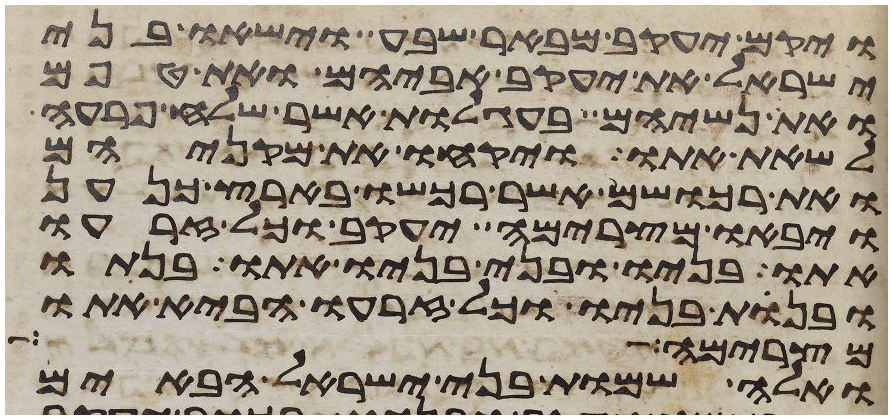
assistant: ויקם יעקב מבאר שבע וישאו בני
ישראל את יעקב אביהם ואת טפם
ואת נשיהם בעגלות אשר שלח פרעה
לשאת אתו ויקחו את מקניהם
ואת רכושם אשר רכשו בארץ כנען
ויבאו מצרימה יעקב וכל זרעו
אתו בניו ובני בניו אתו בנתיו
ובנות בניו וכל זרעו הביא אתו
מצרימה ראה
ואלה שמות בני ישראל הבאים